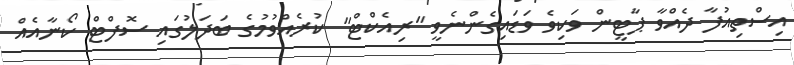
އިސްތިއުފާ ދެއްވާ ޕާޓީން ވަކިވެ ވަޑައިގެންނެވީ "ރިއެކްޓް" ކުރެއްވުމުގެ ބަދަލުގައި ސޮފްޓް ކޯނާއެއް